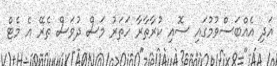
އަދި އެއްބަސްވުމުގައި ސޮއި ކުރާތާރާ ހަތަރު މަސް ދުވަސް ތެރޭ އެ މެޓް